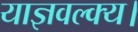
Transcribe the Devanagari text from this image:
याज्ञवल्क्य।